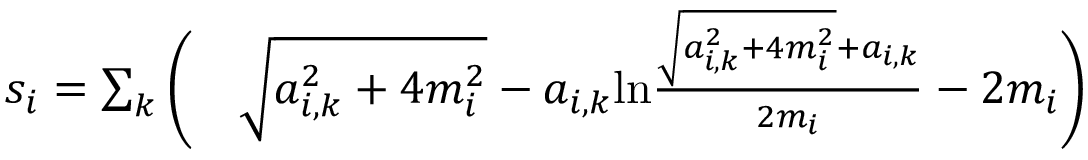
\begin{array} { r l } { s _ { i } = \sum _ { k } \Bigg ( } & { { } \sqrt { a _ { i , k } ^ { 2 } + 4 m _ { i } ^ { 2 } } - a _ { i , k } \mathrm { l n } \frac { \sqrt { a _ { i , k } ^ { 2 } + 4 m _ { i } ^ { 2 } } + a _ { i , k } } { 2 m _ { i } } - 2 m _ { i } \Bigg ) } \end{array}